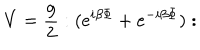
LaTeX: V = \frac { g } { 2 } : ( e ^ { i \beta \Phi } + e ^ { - i \beta \Phi } ) :